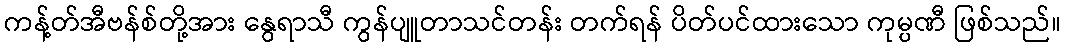
ကန့်တ်အီဗန်စ်တို့အား နွေရာသီ ကွန်ပျူတာသင်တန်း တက်ရန် ပိတ်ပင်ထားသော ကုမ္ပဏီ ဖြစ်သည်။